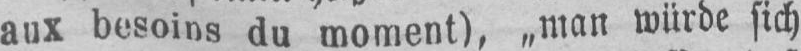
aux besoins du moment), „man würde sich